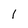
Character: 1